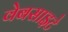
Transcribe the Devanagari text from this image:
वेबसाइटे